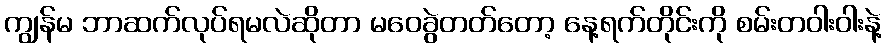
ကျွန်မ ဘာဆက်လုပ်ရမလဲဆိုတာ မဝေခွဲတတ်တော့ နေ့ရက်တိုင်းကို စမ်းတဝါးဝါးနဲ့